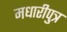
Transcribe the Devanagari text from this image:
मधारीपुत्र